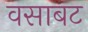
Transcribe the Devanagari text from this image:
वसाबट